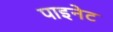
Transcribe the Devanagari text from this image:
पाइनेट